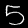
Digit: 5